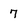
Character: 7